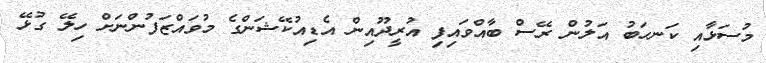
މުސަޅާއި ކަނހަބު އަލުން ރޭސް ބާއްވައިފި އުރީދޫއިން އެޑިއުކޭޝަންގެ މުވައްޒަފުންނަށް ހިލޭ ގުޅޭ